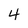
Character: 4